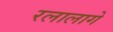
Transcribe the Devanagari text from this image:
रलालागे